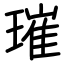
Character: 璀